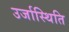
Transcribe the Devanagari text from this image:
उर्जास्थिति